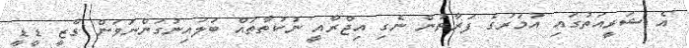
އެ ޝަރީއަތުގައި އުމަރުގެ ފަރާތުން ނެގި އިޖްރާއީ ނުކުތާތައް ބަލައިނުގަންނަވަން ގާޒީ ޑީޑީ